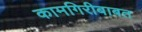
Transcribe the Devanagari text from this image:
कामगिरीबाबत